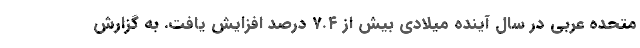
متحده عربی در سال آینده میلادی بیش از ۷.۴ درصد افزایش یافت. به گزارش